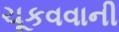
ચૂકવવાની